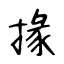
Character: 掾